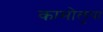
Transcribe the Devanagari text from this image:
कामोलुपा